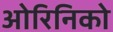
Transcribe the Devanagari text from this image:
ओरिनिको